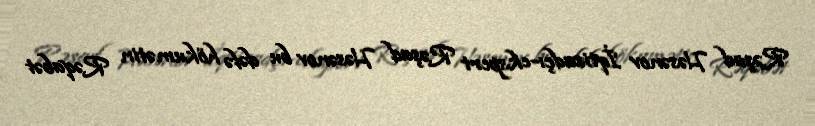
Rəşad Həsənov İqtisadçı-ekspert Rəşad Həsənov bu dəfə hökumətin Rəqabət